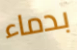
بدماء